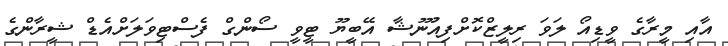
އާއި މީރާގެ ވީޑިއޯ ލަވަ ރިލީޒްކޮށްފިއުނޫޝާ އޭބީޔޫ ޓީވީ ސޯންގް ފެސްްޓިވަލަށްއެޑް ޝީރާންގެ